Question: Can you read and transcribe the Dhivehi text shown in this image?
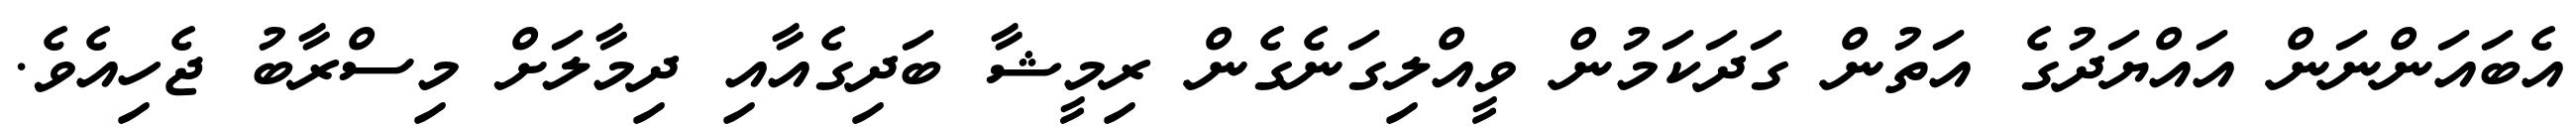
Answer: އެބައަންނަން އައްޔަދުގެ އަތުން ގަދަކަމުން ވީއްލިގަނެގެން ރިމީޝާ ބަދިގެއާއި ދިމާލަށް މިސްރާބު ޖެހިއެވެ.